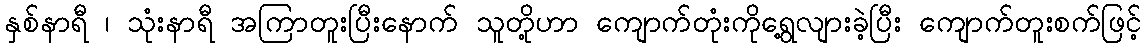
နှစ်နာရီ ၊ သုံးနာရီ အကြာတူးပြီးနောက် သူတို့ဟာ ကျောက်တုံးကိုရွေ့လျားခဲ့ပြီး ကျောက်တူးစက်ဖြင့်